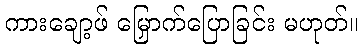
ကားချော့ဖ် မြှောက်ပြောခြင်း မဟုတ်။